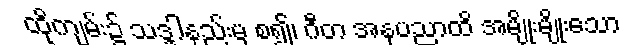
ထိုကျမ်း၌ သဒ္ဒါနည်းမှ စ၍၊ ဂီတ အနုပညာထိ အမျိုးမျိုးသော